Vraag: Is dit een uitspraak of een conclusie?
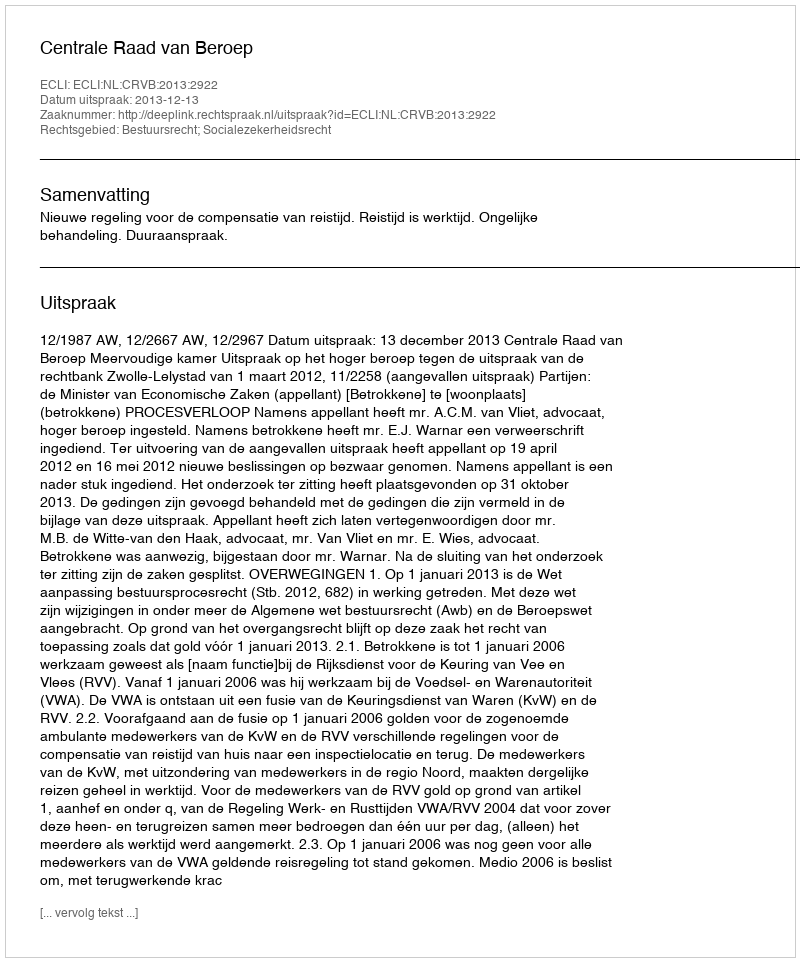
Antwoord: Uitspraak